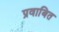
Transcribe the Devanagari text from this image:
प्रवाबित